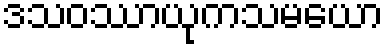
ဒသဝဿာယုကသမယော